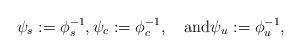
LaTeX: \begin{align*}\psi_s:=\phi_s^{-1},\psi_c:=\phi_c^{-1},\quad\mbox{and}\psi_u:=\phi_u^{-1},\end{align*}